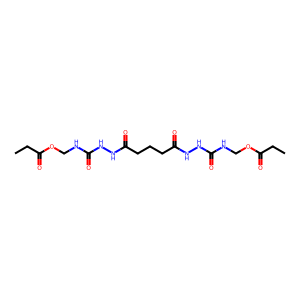
SMILES: CCC(=O)OCNC(=O)NNC(=O)CCCC(=O)NNC(=O)NCOC(=O)CC
Inhibits HIV replication: No